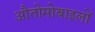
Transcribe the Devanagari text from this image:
औतोमोबाइलों